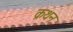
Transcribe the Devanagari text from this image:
क्रथन